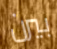
بيرن